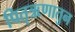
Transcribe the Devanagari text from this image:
पितृऋणातुन